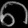
Digit: ၈